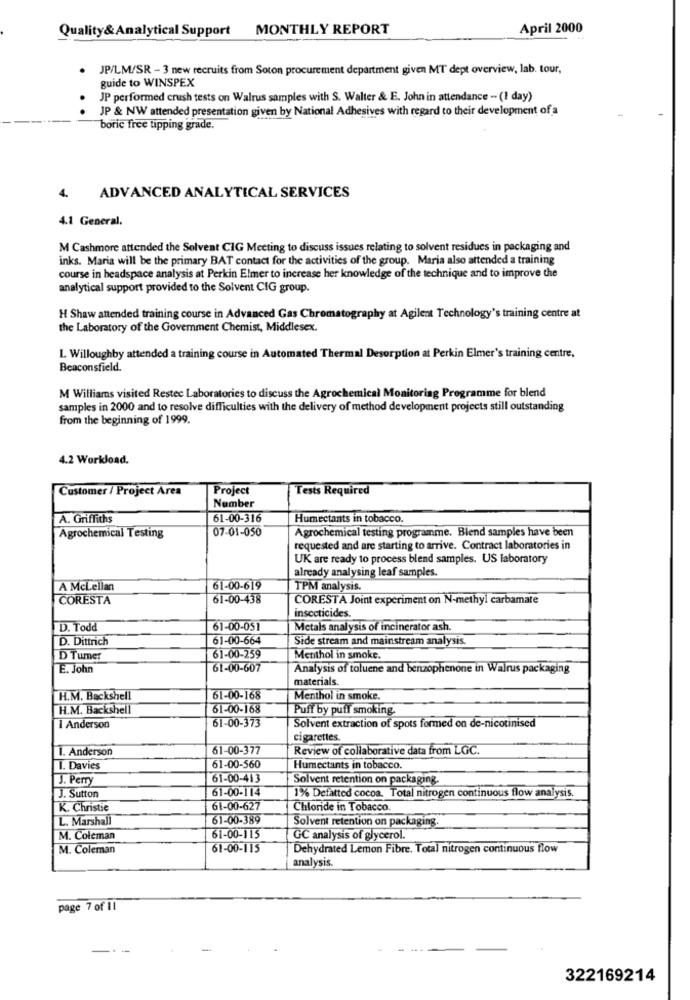
Quality&Analytical Support MONTHLY REPORT
April 2000
JP/LM/SR - 3 new recruits from Soton procurement department given MT dept overview, lab. tour,
guide to WINSPEX
JP performed crush tests on Walrus samples with S. Walter & E. John in attendance - (I day)
JP & NW attended presentation given by National Adhesives with regard to their development of a
boric free tipping grade.
4.
ADVANCED ANALYTICAL SERVICES
4.1 General.
M Cashmore attended the Solvent CIG Meeting to discuss issues relating to solvent residues in packaging and
inks. Maria will be the primary BAT contact for the activities of the group. Maria also attended a training
course in headspace analysis at Perkin Elmer to increase her knowledge of the technique and to improve the
analytical support provided to the Solvent CIG group.
H Shaw attended training course in Advanced Gas Chromatography at Agilent Technology's training centre at
the Laboratory of the Goverment Chemist, Middlesex.
L. Willoughby attended a training course in Automated Thermal Desorption at Perkin Elmer's training centre,
Beaconsfield.
M Williams visited Restec Laboratories to discuss the Agrochemical Monitoring Programme for blend
samples in 2000 and to resolve difficulties with the delivery of method development projects still outstanding
from the beginning of 1999.
4.2 Workload.
Customer / Project Area
Project
Tests Required
Number
A. Griffiths
61-00-316
Humectants in tobacco.
07-01-050
Agrochemical testing programme. Blend samples have been
Agrochemical Testing
requested and are starting to arrive. Contract laboratories in
UK are ready to process blend samples. US laboratory
already analysing leaf samples.
A Mclellan
61-00-619
TPM analysis.
CORESTA
61-00-438
CORESTA Joint experiment on N-methyl carbamate
insecticides.
D. Todd
61-00-051
Metals analysis of incinerator ash.
D. Dittrich
61-00-664
Side stream and mainstream analysis.
D Tumer
61-00-259
Menthol in smoke.
E. John
61-00-607
Analysis of toluene and benzophenone in Walrus packaging
materials.
H.M. Backshell
61-00-168
Menthol in smoke.
H.M. Backshell
61-00-168
Puff by puff smoking.
61-00-373
Solvent extraction of spots formed on de-nicotinised
I Anderson
cigarettes.
1. Anderson
61-00-377
Review of collaborative data from LGC.
I. Davies
61-00-560
Humectants in tobacco.
J. Perry
61-00-413
Solvent retention on packaging.
61-00-114
1% Defatted cocoa. Total nitrogen continuous flow analysis.
J. Sutton
K. Christie
61-00-627
Chloride in Tobacco.
L. Marshall
61-00-389
Solvent retention on packaging.
M. Coleman
61-00-115
GC analysis of glycerol.
M. Coleman
61-00-115
Dehydrated Lemon Fibre. Total nitrogen continuous flow
analysis.
page 7 of Il
322169214